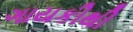
ગાયકીથી